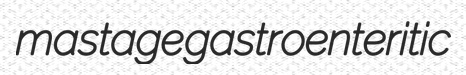
mastage gastroenteritic